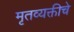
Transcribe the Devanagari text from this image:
मृतव्यक्तीचे